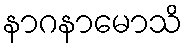
နာဂနာမောသိ